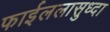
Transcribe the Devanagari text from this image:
फाईललासुध्दा